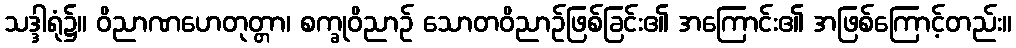
သဒ္ဒါရုံ၌။ ဝိညာဏဟေတုတ္တာ၊ စက္ခုဝိညာဉ် သောတဝိညာဉ်ဖြစ်ခြင်း၏ အကြောင်း၏ အဖြစ်ကြောင့်တည်း။